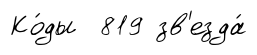
Ко́ды 819 зв'езда́